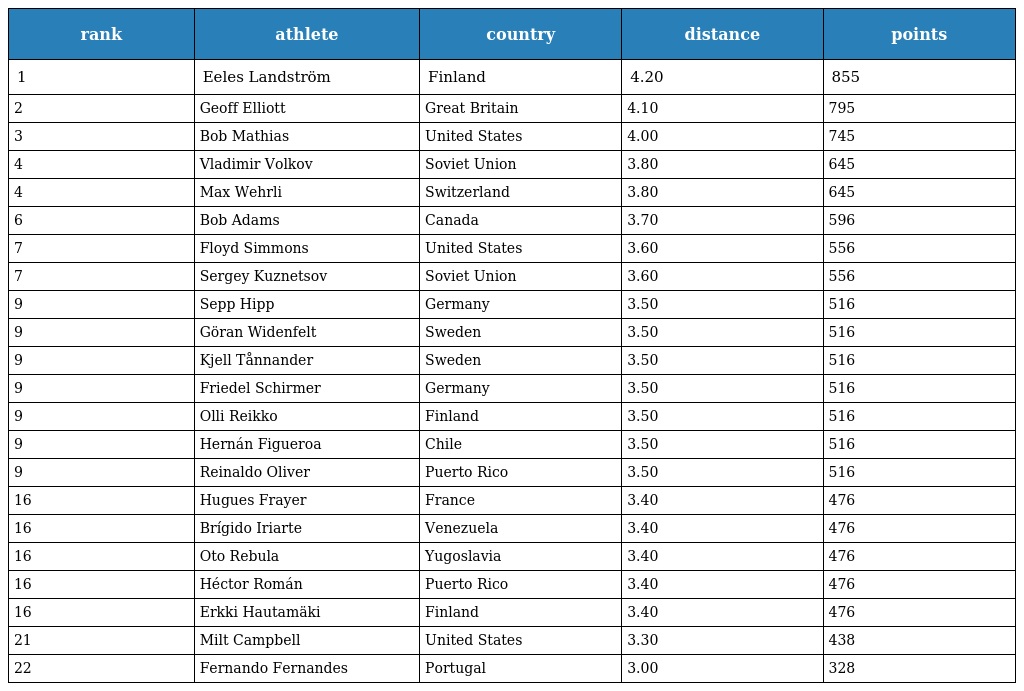
| rank | athlete | country | distance | points |
 | --- | --- | --- | --- | --- |
 | 1 | Eeles Landström | Finland | 4.20 | 855 |
 | 2 | Geoff Elliott | Great Britain | 4.10 | 795 |
 | 3 | Bob Mathias | United States | 4.00 | 745 |
 | 4 | Vladimir Volkov | Soviet Union | 3.80 | 645 |
 | 4 | Max Wehrli | Switzerland | 3.80 | 645 |
 | 6 | Bob Adams | Canada | 3.70 | 596 |
 | 7 | Floyd Simmons | United States | 3.60 | 556 |
 | 7 | Sergey Kuznetsov | Soviet Union | 3.60 | 556 |
 | 9 | Sepp Hipp | Germany | 3.50 | 516 |
 | 9 | Göran Widenfelt | Sweden | 3.50 | 516 |
 | 9 | Kjell Tånnander | Sweden | 3.50 | 516 |
 | 9 | Friedel Schirmer | Germany | 3.50 | 516 |
 | 9 | Olli Reikko | Finland | 3.50 | 516 |
 | 9 | Hernán Figueroa | Chile | 3.50 | 516 |
 | 9 | Reinaldo Oliver | Puerto Rico | 3.50 | 516 |
 | 16 | Hugues Frayer | France | 3.40 | 476 |
 | 16 | Brígido Iriarte | Venezuela | 3.40 | 476 |
 | 16 | Oto Rebula | Yugoslavia | 3.40 | 476 |
 | 16 | Héctor Román | Puerto Rico | 3.40 | 476 |
 | 16 | Erkki Hautamäki | Finland | 3.40 | 476 |
 | 21 | Milt Campbell | United States | 3.30 | 438 |
 | 22 | Fernando Fernandes | Portugal | 3.00 | 328 |